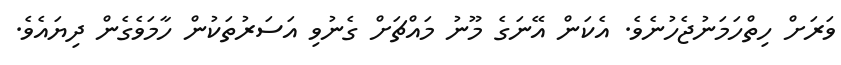
ވަރަށް ހިތްހަމަނުޖެހުނެވެ. އެކަން އޭނަގެ މޫނު މައްޗަށް ގެނުވި އަސަރުތަކުން ހާމަވެގެން ދިޔައެވެ.